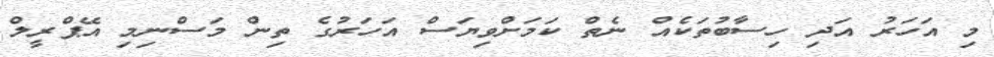
މި އަހަރު އަދި ހިސާބުތަކެއް ނެތް ކަމަށްވިޔަސް އަހަރުގެ ތިން މަސްނިމި އޭޕްރީލް